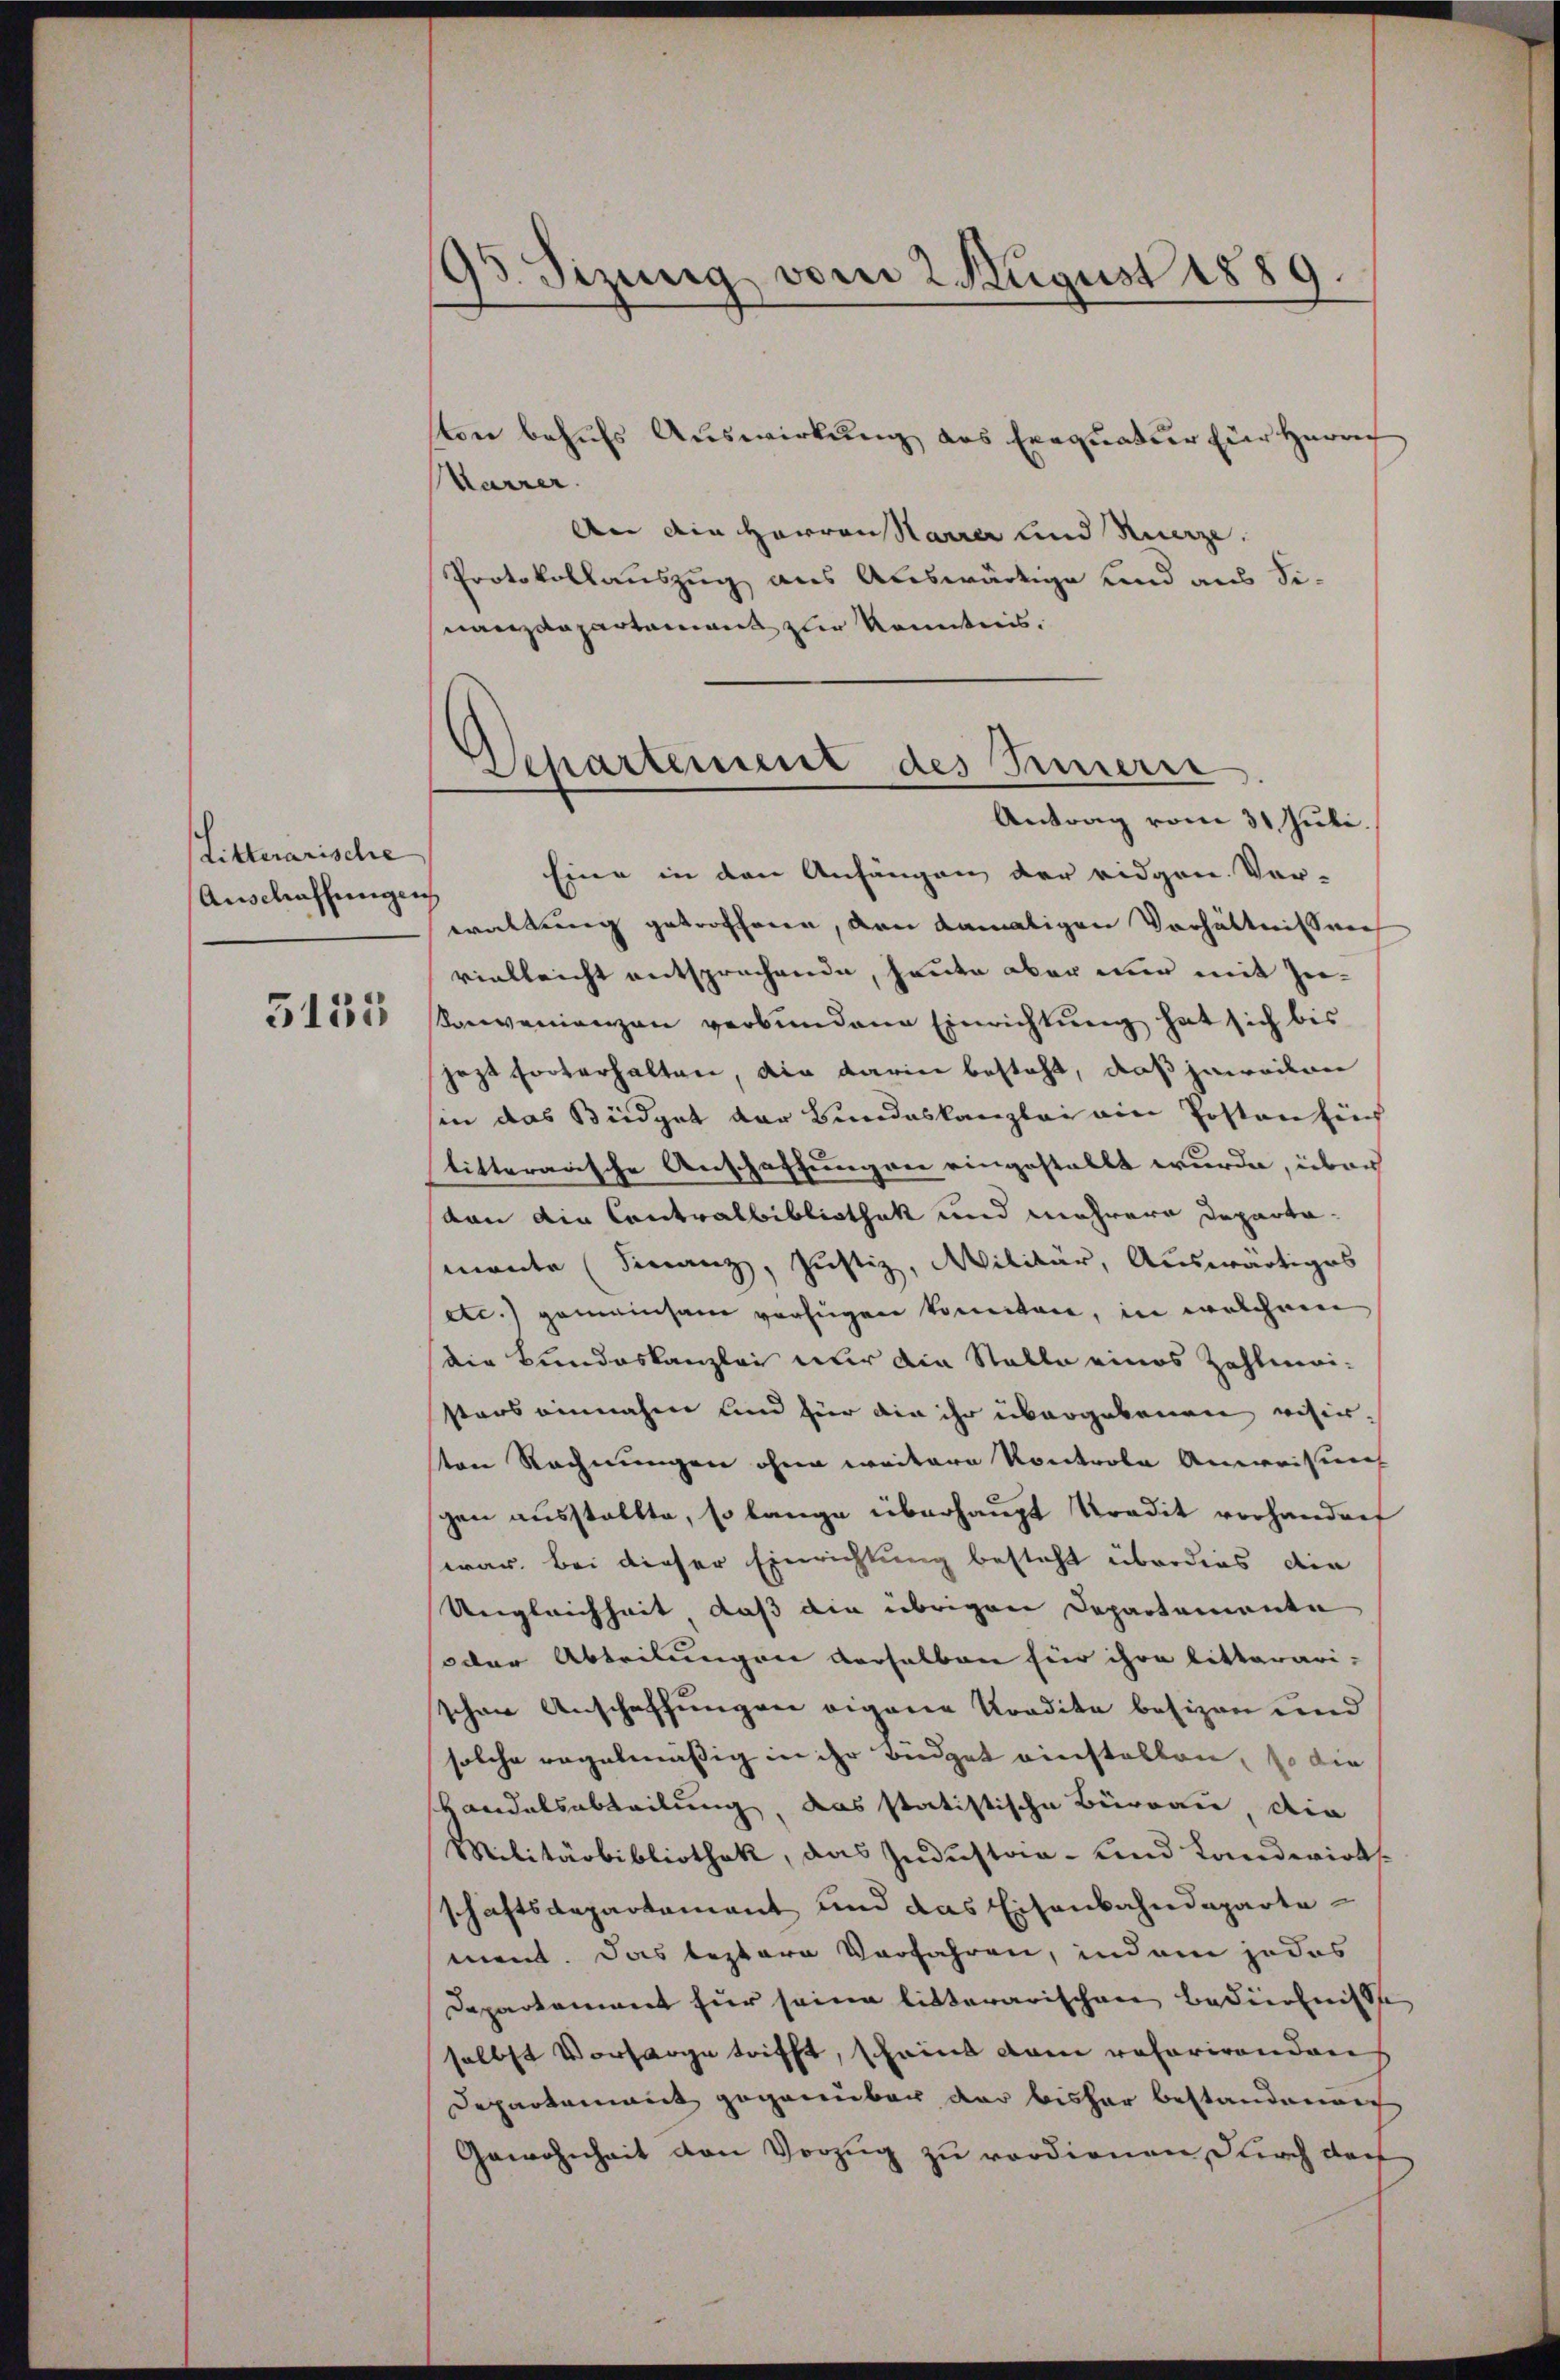
Litterarische
Anschaffungen

3133

95. Sizung vom 2 August 1889.

ton behufs Auswirkung das Exequatur für Herrech
Karrer.
An ain Herren Parrer und Ruerze.
Protokollauszug aus Auswärtige und aus Sinanzdepartement zur Kenntnis.
Eine in den Anfängen der eidgen. Vor-
waltung getroffenen, den damaligen Verhältnissver
vielleicht entsprechende, heute aber nur mit Zu¬
Konvenienzen verbundene Einrichtung hat sich bis
jezt forterhalten, die darin besteht, daß jeweilen
sin das Büdget der Bundeskanzlei ain Posten sich
titterarische Anschaffungen eingestallt wurde, über
von die Contralbibliothek und mehrere Departamante (Finanz, Justiz, Militär, Auswärtiges
etc.) gemeinsam verfügen konnten, in welchem
die Bundeskanzlei nur die Stalle eines Zahlmeisters einnahme und für die ihr übergebenen visir-
ten Rechnungen ohne weitere Kontrole Anweisung
schen ausstellte, so lange überhaupt tradit vorhandert
war. Bei dieser Einrichtung besteht überdies die
Ungleichheit, daß die übrigen Departemente
oder Abteilungen derselben für ihre litterari-
schen Anschaffungen eigene Kredite besizen und
solche regelmässig in ihr Büdget einstellen, so die
andelsabteilung, das statistische Büreau, die
Militärbibliothek, das Industan- und Landwirt
schaftsdepartement und das Eisenbahndepartement. Das leztere Verfahren, indem jedes
Departement für seine litterarischen Bedürfnisse
selbst Vorsorge trifft, scheint dem referirenden
Departement gegenüber der bisher bestandenen
Gewohnheit von Vorzug zu verdienen, durch doch

Departement des Innern
Antrag vom 31 Juli